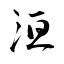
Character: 洹